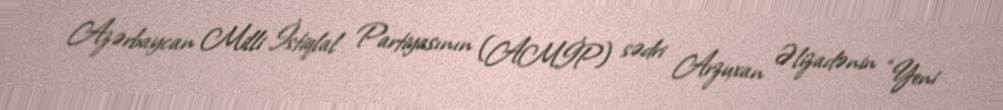
Azərbaycan Milli İstiqlal Partiyasının (AMİP) sədri Arzuxan Əlizadənin “Yeni